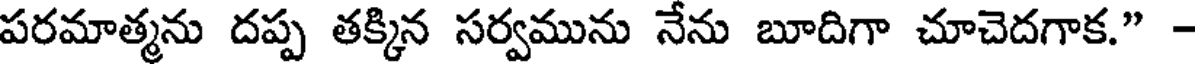
పరమాత్మను దప్ప తక్కిన సర్వమును నేను బూదిగా చూచెదగాక." -